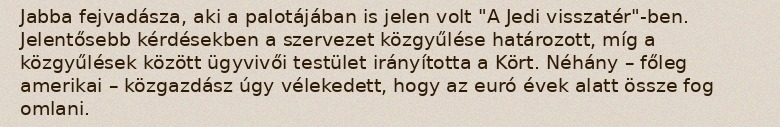
Jabba fejvadásza, aki a palotájában is jelen volt "A Jedi visszatér"-ben. Jelentősebb kérdésekben a szervezet közgyűlése határozott, míg a közgyűlések között ügyvivői testület irányította a Kört. Néhány – főleg amerikai – közgazdász úgy vélekedett, hogy az euró évek alatt össze fog omlani.